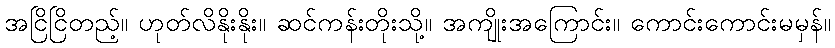
အငြိငြိတည့်။ ဟုတ်လိနိုးနိုး။ ဆင်ကန်းတိုးသို့။ အကျိုးအကြောင်း။ ကောင်းကောင်းမမှန်။